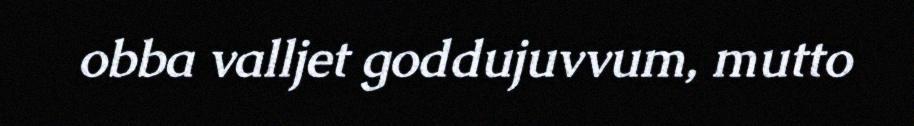
obba valljet goddujuvvum, mutto